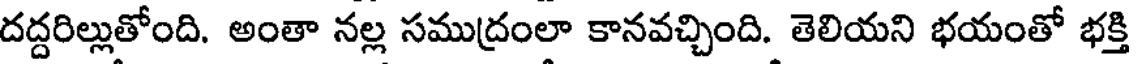
దద్దరిల్లుతోంది. అంతా నల్ల సముద్రంలా కానవచ్చింది. తెలియని భయంతో భక్తి